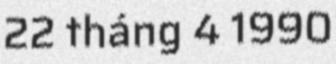
22 tháng 4 1990